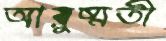
আয়ুষ্মতী